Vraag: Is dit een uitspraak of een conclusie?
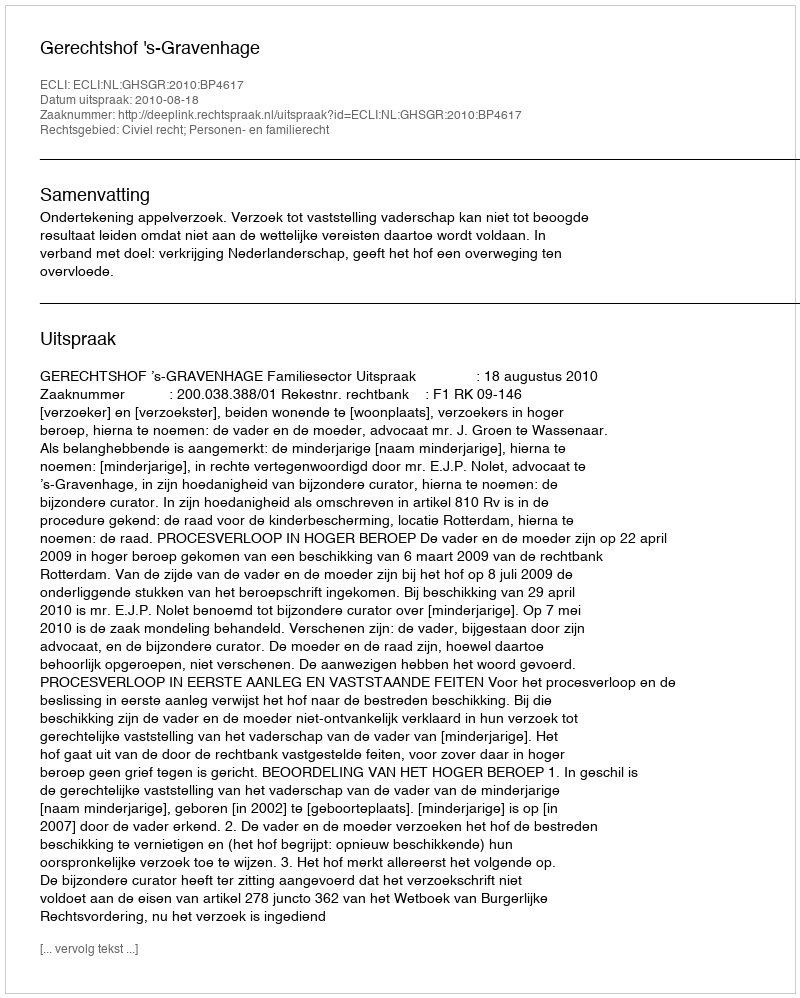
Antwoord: Uitspraak